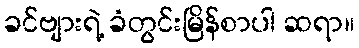
ခင်ဗျားရဲ့ ခံတွင်းမြိန်စာပါ ဆရာ။